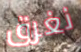
نغرق